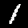
Label: 1